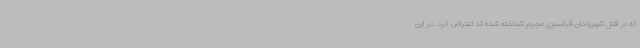
که در قتل شهروندان فرانسوی مجرم شناخته شده اند اعتراض کرد. در این